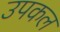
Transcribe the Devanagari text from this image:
उपकल